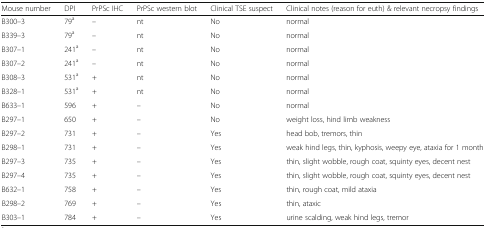
<table><thead><tr><td><b>Mouse number</b></td><td><b>DPI</b></td><td><b>PrPSc IHC</b></td><td><b>PrPSc western blot</b></td><td><b>Clinical TSE suspect</b></td><td><b>Clinical notes (reason for euth) &amp; relevant necropsy findings</b></td></tr></thead><tbody><tr><td>B300–3</td><td>79<sup>a</sup></td><td>–</td><td>nt</td><td>No</td><td>normal</td></tr><tr><td>B339–3</td><td>79<sup>a</sup></td><td>–</td><td>nt</td><td>No</td><td>normal</td></tr><tr><td>B307–1</td><td>241<sup>a</sup></td><td>–</td><td>nt</td><td>No</td><td>normal</td></tr><tr><td>B307–2</td><td>241<sup>a</sup></td><td>–</td><td>nt</td><td>No</td><td>normal</td></tr><tr><td>B308–3</td><td>531<sup>a</sup></td><td>+</td><td>nt</td><td>No</td><td>normal</td></tr><tr><td>B328–1</td><td>531<sup>a</sup></td><td>+</td><td>nt</td><td>No</td><td>normal</td></tr><tr><td>B633–1</td><td>596</td><td>+</td><td>–</td><td>No</td><td>normal</td></tr><tr><td>B297–1</td><td>650</td><td>+</td><td>–</td><td>No</td><td>weight loss, hind limb weakness</td></tr><tr><td>B297–2</td><td>731</td><td>+</td><td>–</td><td>Yes</td><td>head bob, tremors, thin</td></tr><tr><td>B298–1</td><td>731</td><td>+</td><td>–</td><td>Yes</td><td>weak hind legs, thin, kyphosis, weepy eye, ataxia for 1 month</td></tr><tr><td>B297–3</td><td>735</td><td>+</td><td>–</td><td>Yes</td><td>thin, slight wobble, rough coat, squinty eyes, decent nest</td></tr><tr><td>B297–4</td><td>735</td><td>+</td><td>–</td><td>Yes</td><td>thin, slight wobble, rough coat, squinty eyes, decent nest</td></tr><tr><td>B632–1</td><td>758</td><td>+</td><td>–</td><td>Yes</td><td>thin, rough coat, mild ataxia</td></tr><tr><td>B298–2</td><td>769</td><td>+</td><td>–</td><td>Yes</td><td>thin, ataxic</td></tr><tr><td>B303–1</td><td>784</td><td>+</td><td>–</td><td>Yes</td><td>urine scalding, weak hind legs, tremor</td></tr></tbody></table>